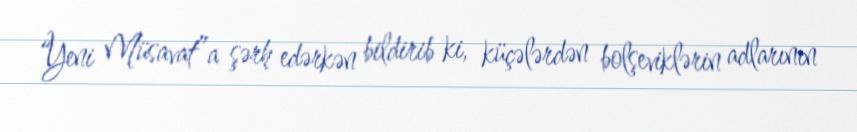
“Yeni Müsavat”a şərh edərkən bildirib ki, küçələrdən bolşeviklərin adlarının